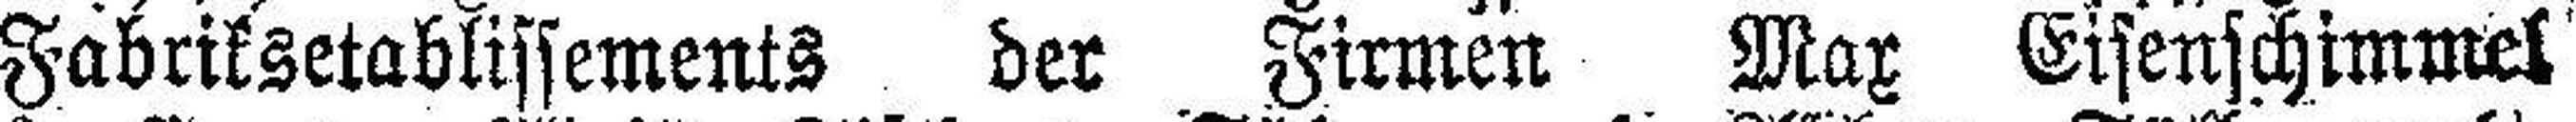
Fabriksetablissements der Firmen Max Eisenschimmel